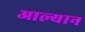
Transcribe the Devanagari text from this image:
आल्यान